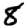
Digit: 8